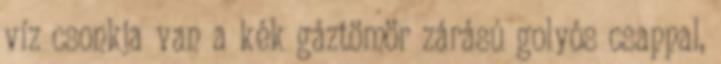
víz csonkja van a kék gáztömör zárású golyós csappal,